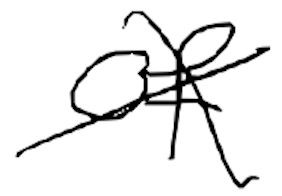
Text: of
Cross-out: cross
Writing tool: digital_black